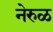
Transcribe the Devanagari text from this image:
नेरुळ